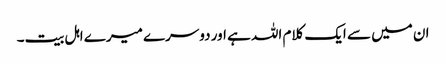
ان میں سے ایک کلام اللہ ہے اور دوسرے میرے اہل بیت۔